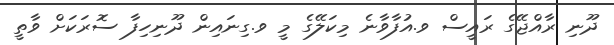
ދޫނި ރާއްޖޭގެ ރައީސް ވ.އުފާވާނެ މިކަލޭގެ މީ ވ.ގިނައިން ދޫނިހިފާ ސޮރަކަށް ވާތީ